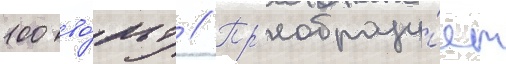
100 во́льт // Пр'еобразу́ет